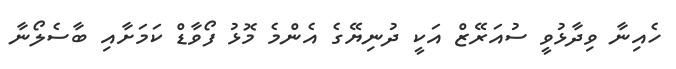
ހެއިނާ ވިދާޅުވީ ސުއަރޭޒް އަކީ ދުނިޔޭގެ އެންމެ މޮޅު ފޯވާޑް ކަމަށާއި ބާސެލޯނާ